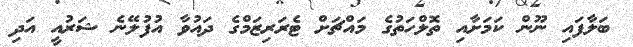
ބަލާފައި ނޫން ކަމަށާއި ތޮލްހަތުގެ މައްޗަށް ޓެރަރިޒަމްގެ ދައުވާ އުފުލޭނެ ޝަރުއީ އަދި